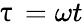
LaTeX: \uptau=\omega t